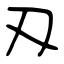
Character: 刄